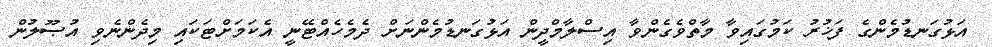
އަޅުގަނޑުމެންގެ ފަޚުރު ކަމުގައިވާ މާތްވެގެންވާ އިސްލާމްދީން އަޅުގަނޑުމެންނަށް ދެމެހެއްޓޭނީ އެކަމަށްޓަކައި މިދެންނެވި އުޞޫލުން